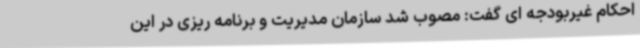
احکام غیربودجه ای گفت: مصوب شد سازمان مدیریت و برنامه ریزی در این